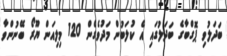
ބަދަލުވި ޕޮގްބާގެ ބަދަލުގައި އެ ކުލަބުން މަދުވެގެން 120 މިލިއަން ޔޫރޯ ބޭނުންވާ